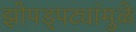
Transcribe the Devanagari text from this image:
झोपड्पट्यांमुळे